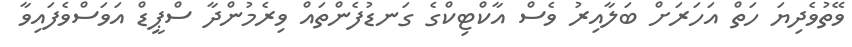
ވޭތުވެދިޔަ ހަތް އަހަރަށް ބަލާއިރު ވެސް އާކްޓިކްގެ ގަނޑުފެންތައް ވިރެމުންދާ ސްޕީޑް އަވަސްވެފައިވާ